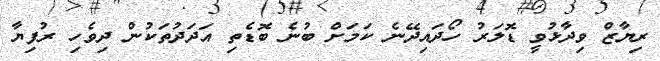
ރިޔާޒް ވިދާޅުވީ ޑޮލަރު ހޯދައިދޭނެ ކަމަށް ބުނެ ބޮޑެތި އަދަދުތަކުން ދިވެހި ރުފިޔާ